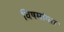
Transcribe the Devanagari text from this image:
विषमांग्ता